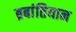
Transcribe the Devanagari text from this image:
ब्रबांतियान